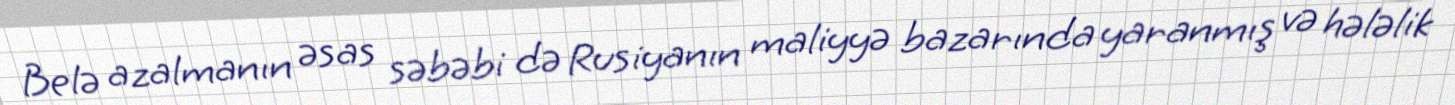
Belə azalmanın əsas səbəbi də Rusiyanın maliyyə bazarında yaranmış və hələlik